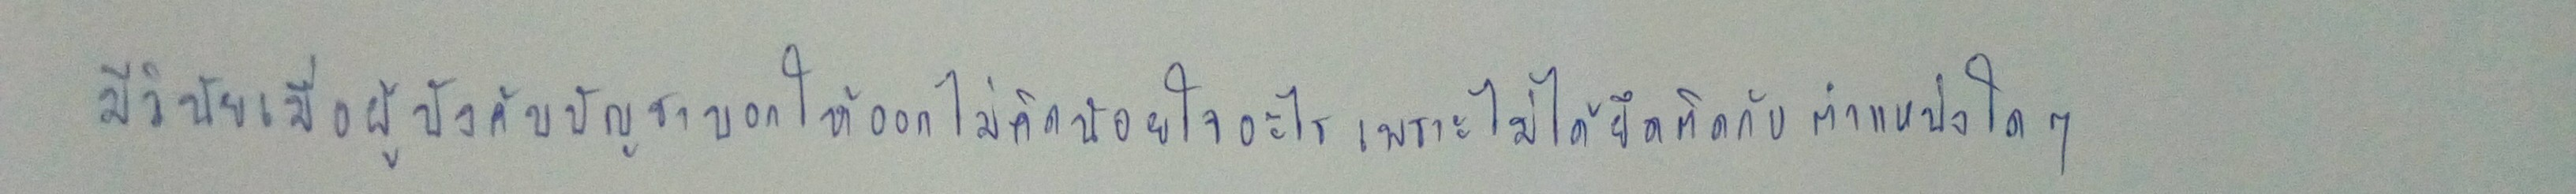
มีวินัยเมื่อผู้บังคับบัญชาบอกให้ออกไม่คิดน้อยใจอะไรเพราะไม่ได้ยึดติดกับตำแหน่งใดๆ